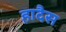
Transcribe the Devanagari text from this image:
हादैस